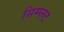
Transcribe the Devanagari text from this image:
सिम्प्लट